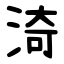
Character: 渏